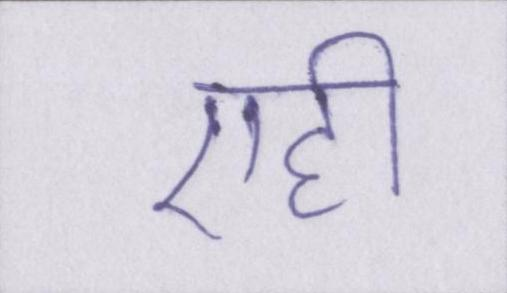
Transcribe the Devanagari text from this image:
एही